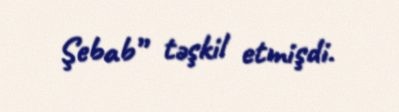
Şebab” təşkil etmişdi.